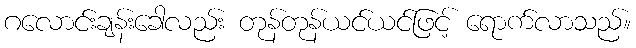
ဂလောင်းချန်းခေါလည်း တုန်တုန်ယင်ယင်ဖြင့် ရောက်လာသည်။